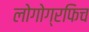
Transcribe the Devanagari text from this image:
लोगोग्रफिच